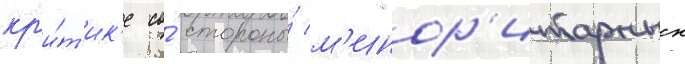
кр'и́т'ик'е со́ стороны́ м'инор'итарных